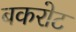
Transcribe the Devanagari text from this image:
बकरोट